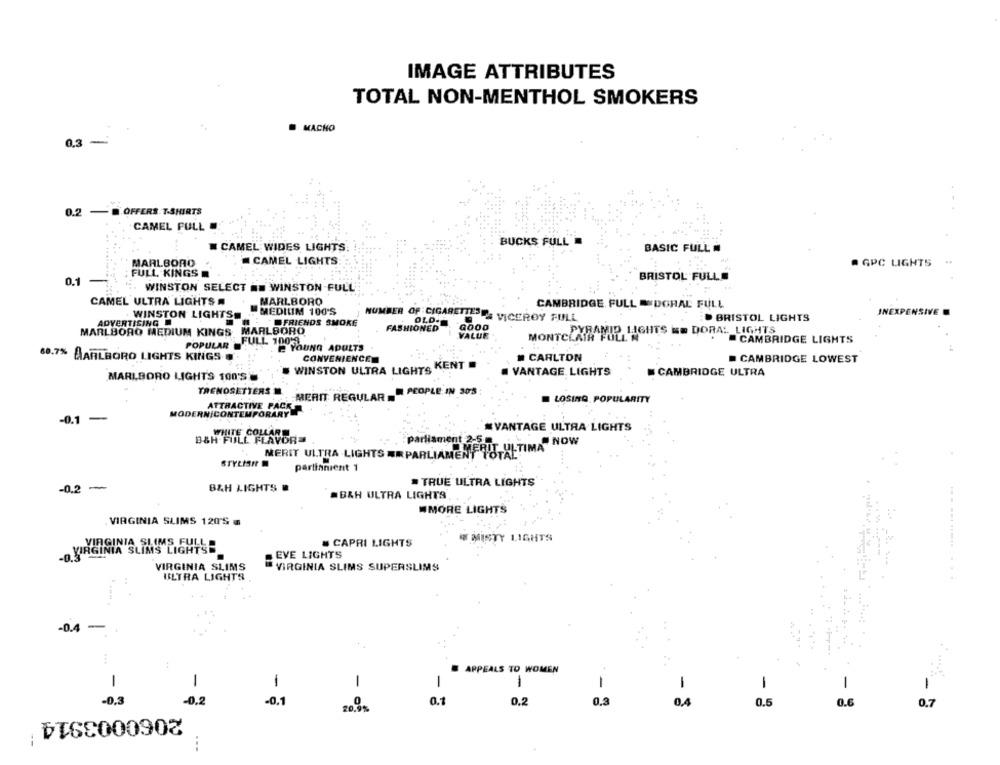
IMAGE ATTRIBUTES
TOTAL NON-MENTHOL SMOKERS
MACHO
0.3 -
0.2 -. OFFERS.T-SHIRTS
CAMEL FULL .:
BUCKS FULL'
# CAMEL WIDES LIGHTS
BASIC FULL
CAMEL LIGHTS
MARLBORO
@ GPC LIGHTS
: FULL KINGS
BRISTOL FULL
0.1 -
WINSTON SELECT HE WINSTON -FULL
CAMEL ULTRA LIGHTS .
MARLBORO
CAMBRIDGE FULL ="DOHAL FULL
WINSTON LIGHTS, . MEDIUM 100'S
INEXP
FRIENDS SMOKE
NUMBER OF CIGARETTES A VICEROY FULL
OLD-
BRISTOL LIGHTS
MARLBORO MEDIUM KINGS MARLBORO
ADVERTISING
FASHIONED
GOOD
PYRAMID LIGHTS ME DORAL LIGHTS
VALUE
POPULAR FULL 100'3
MONTCLAIR FULL N
CAMBRIDGE LIGHTS
. E YOUNG ADULTS
68.7% MARLBORO LIGHTS KINGS
CONVENIENCE
CARLTON
CAMBRIDGE LOWEST
WINSTON ULTRA LIGHTS KENT
VANTAGE LIGHTS
CAMBRIDGE ULTRA
MARLBORO LIGHTS 100'S
TRENOSETTERS M.
MERIT REGULAR - PEOPLE IN 305
ATTRACTIVE PACK
LOSING POPULARITY
MODERNÍCONTEMPORARY
-0.1
-
VANTAGE ULTRA LIGHTS
WHITE COLLARE
B&H-FULL FLAVOR
parliament 2-5 g
@ NOW
MERIT ULTRA LIGHTS ER PARLIAMENT TOTAL
STYLISH
partisnient 1
= TRUE ULTRA LIGHTS
-0.2 -
B&H LIGHTS
B&H ULTRA LIGHTS
#MORE LIGHTS
VIRGINIA SLIMS 120'S .
VIRGINIA SLIMS FULL
CAPRI LIGHTS
W MISTY LIGHTS
IRGINIA SLIMS LIGHTS
EVE LIGHTS
VIRGINIA SLIMS
VIRGINIA SLIMS SUPERSLIMS
ULTRA LIGHTS
-0.4
- -
APPEALS TO WOMEN
1
1
1
-
1
-
-
1
1
-0.3
0.2
0.1
0.1
0.2
0.3
0,4
0.5
0.6
0.7
20.9%
2060003914